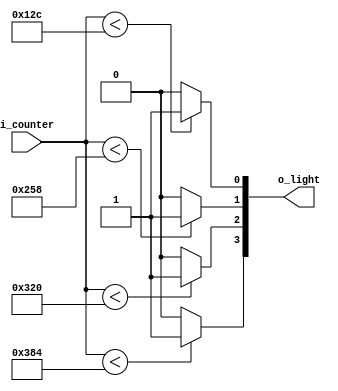
`timescale 1ns / 1ps

module comparator(
        input [9:0] i_counter, //0~999 counter
        output [3:0] o_light
    );

    assign o_light[0] = (i_counter < 300) ? 1'b1 : 1'b0;
    assign o_light[1] = (i_counter < 600) ? 1'b1 : 1'b0;
    assign o_light[2] = (i_counter < 800) ? 1'b1 : 1'b0;
    assign o_light[3] = (i_counter < 900) ? 1'b1 : 1'b0;


endmodule